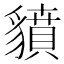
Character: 𧴍